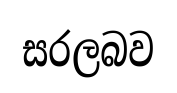
සරලබව